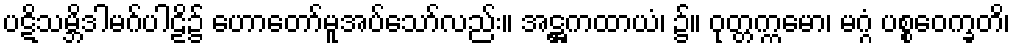
ပဋိသမ္ဘိဒါမဂ်ပါဠိ၌ ဟောတော်မူအပ်သော်လည်း။ အဋ္ဌကထာယံ၊ ၌။ ဝုတ္တက္ကမော၊ မဂ္ဂံ ပစ္စဝေက္ခတိ၊